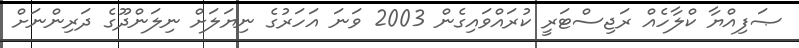
ޞަފިއްޔާ ކްލާހެއް ރަޖިސްޓަރީ ކުރައްވައިގެން 2003 ވަނަ އަހަރުގެ ނިޔަލަށް ނިލަންދޫގެ ދަރިންނަށް